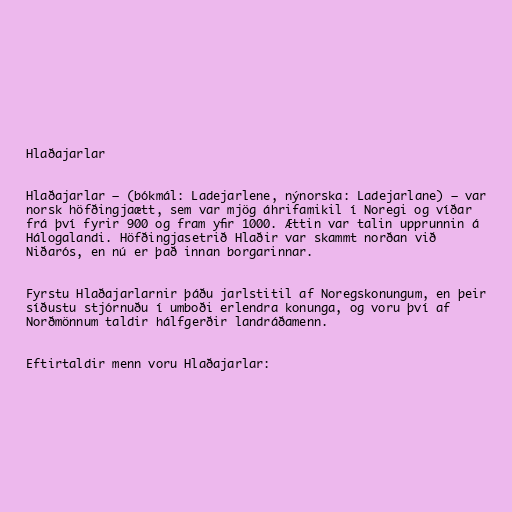
Hlaðajarlar

Hlaðajarlar – (bókmál: Ladejarlene, nýnorska: Ladejarlane) – var
norsk höfðingjaætt, sem var mjög áhrifamikil í Noregi og víðar
frá því fyrir 900 og fram yfir 1000. Ættin var talin upprunnin á
Hálogalandi. Höfðingjasetrið Hlaðir var skammt norðan við
Niðarós, en nú er það innan borgarinnar.

Fyrstu Hlaðajarlarnir þáðu jarlstitil af Noregskonungum, en þeir
síðustu stjórnuðu í umboði erlendra konunga, og voru því af
Norðmönnum taldir hálfgerðir landráðamenn.

Eftirtaldir menn voru Hlaðajarlar: